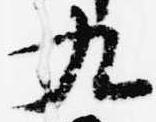
九